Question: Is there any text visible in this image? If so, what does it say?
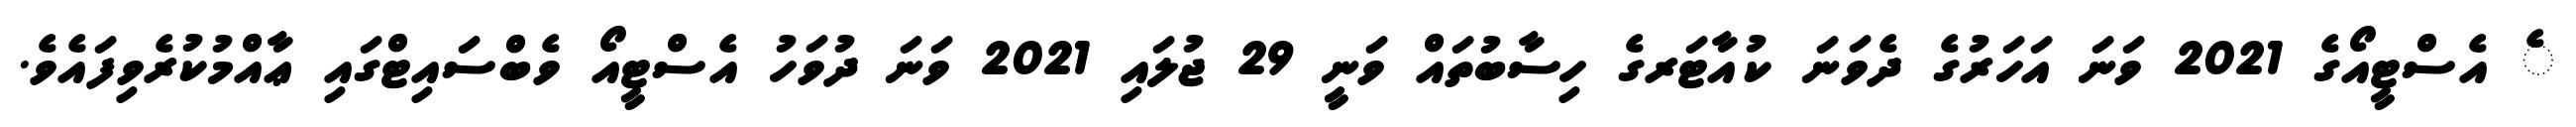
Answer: ެ އެސްޓީއޯގެ 2021 ވަނަ އަހަރުގެ ދެވަނަ ކުއާޓަރގެ ހިސާބުތައް ވަނީ 29 ޖުލައި 2021 ވަނަ ދުވަހު އެސްޓީއޯ ވެބްސައިޓްގައި ޢާއްމުކުރެވިފައެވެ.